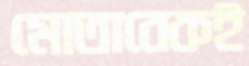
মোতাবেকই